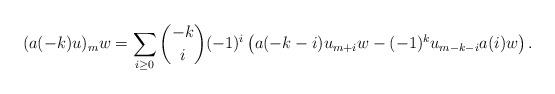
LaTeX: \begin{align*}(a(-k)u)_{m}w=\sum_{i\ge 0}\binom{-k}{i}(-1)^{i}\left(a(-k-i)u_{m+i}w-(-1)^{k}u_{m-k-i}a(i)w\right).\end{align*}